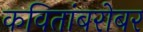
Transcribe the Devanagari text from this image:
कवितांबरोबर